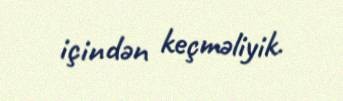
içindən keçməliyik.